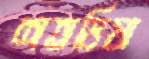
শতভিষা